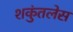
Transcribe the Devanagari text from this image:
शकुंतलेस